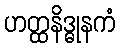
ဟတ္ထနိဒ္ဓုနကံ